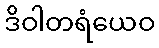
ဒိဝါတရံယေဝ